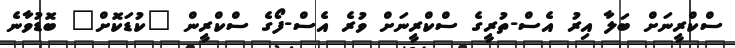
ސްކްރީނަށް ބަލާ އިރު އެސް-ތުރީގެ ސްކްރީނަށް ވުރެ އެސް-ފޯގެ ސްކްރީން "ކުޑަކޮށް" ބޮޑުވާނެ